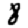
Digit: 8